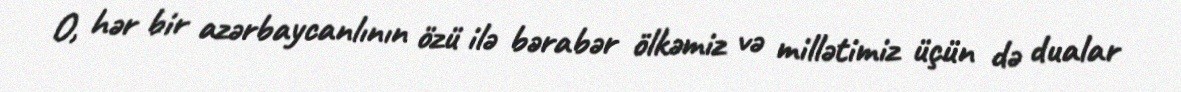
O, hər bir azərbaycanlının özü ilə bərabər ölkəmiz və millətimiz üçün də dualar